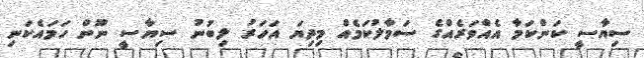
ސިޔާސީ ކަންކަމާ އެއްވަރެއްގެ ސަމާލުކަމެއް މިދިޔަ އަހަރު ލިބުނު ސިޔާސީ ނޫން ހަމައެކަނި